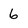
Character: 6